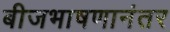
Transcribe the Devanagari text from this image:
बीजभाषणानंतर